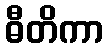
ဓီတိကာ